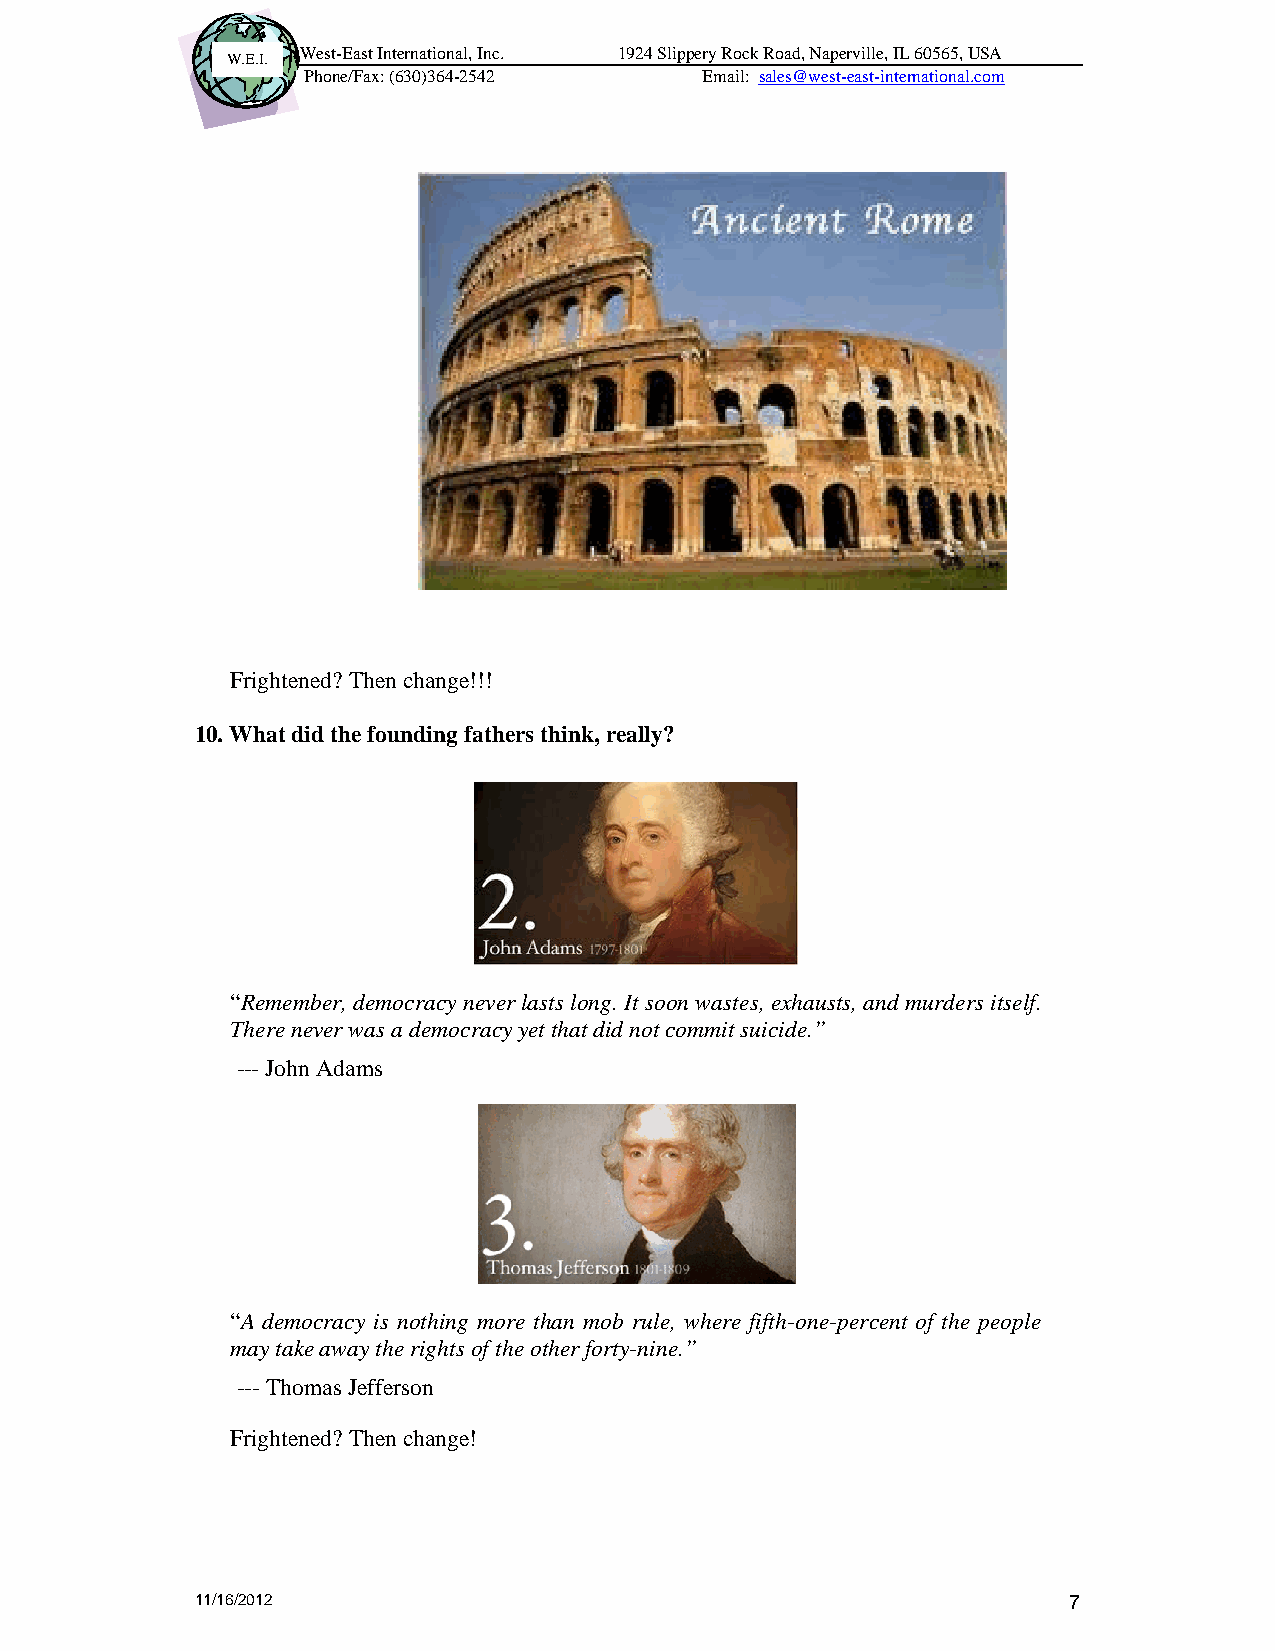
West-East International, Inc. 1924 Slippery Rock Road, Naperville, IL 60565, USA
 W.E.I.
 Phone/Fax: (630)364-2542   Email: sales@west-east-international.com
 Frightened? Then change!!!
 10. What did the founding fathers think, really?
 “Remember, democracy never lasts long. It soon wastes, exhausts, and murders itself.
 There never was a democracy yet that did not commit suicide.”
 --- John Adams
 “A democracy is nothing more than mob rule, where fifth-one-percent of the people
 may take away the rights of the other forty-nine.”
 --- Thomas Jefferson
 Frightened? Then change!
 11/16/2012                                                7